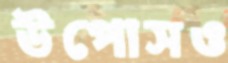
উপোসও